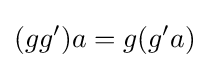
(gg')a=g(g'a)